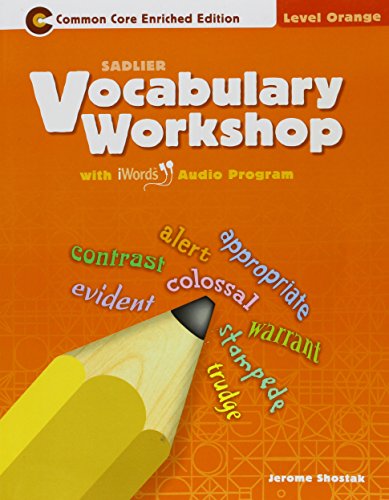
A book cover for Vocabulary Workshop Â©2011 Level Orange (Grade 4) Student Edition; sadlier; Reference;